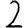
Digit: 2